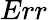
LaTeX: Err